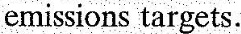
emissions targets.